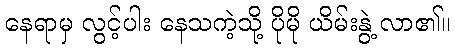
နေရာမှ လွင့်ပါး နေသကဲ့သို့ ပိုမို ယိမ်းနွဲ့ လာ၏။